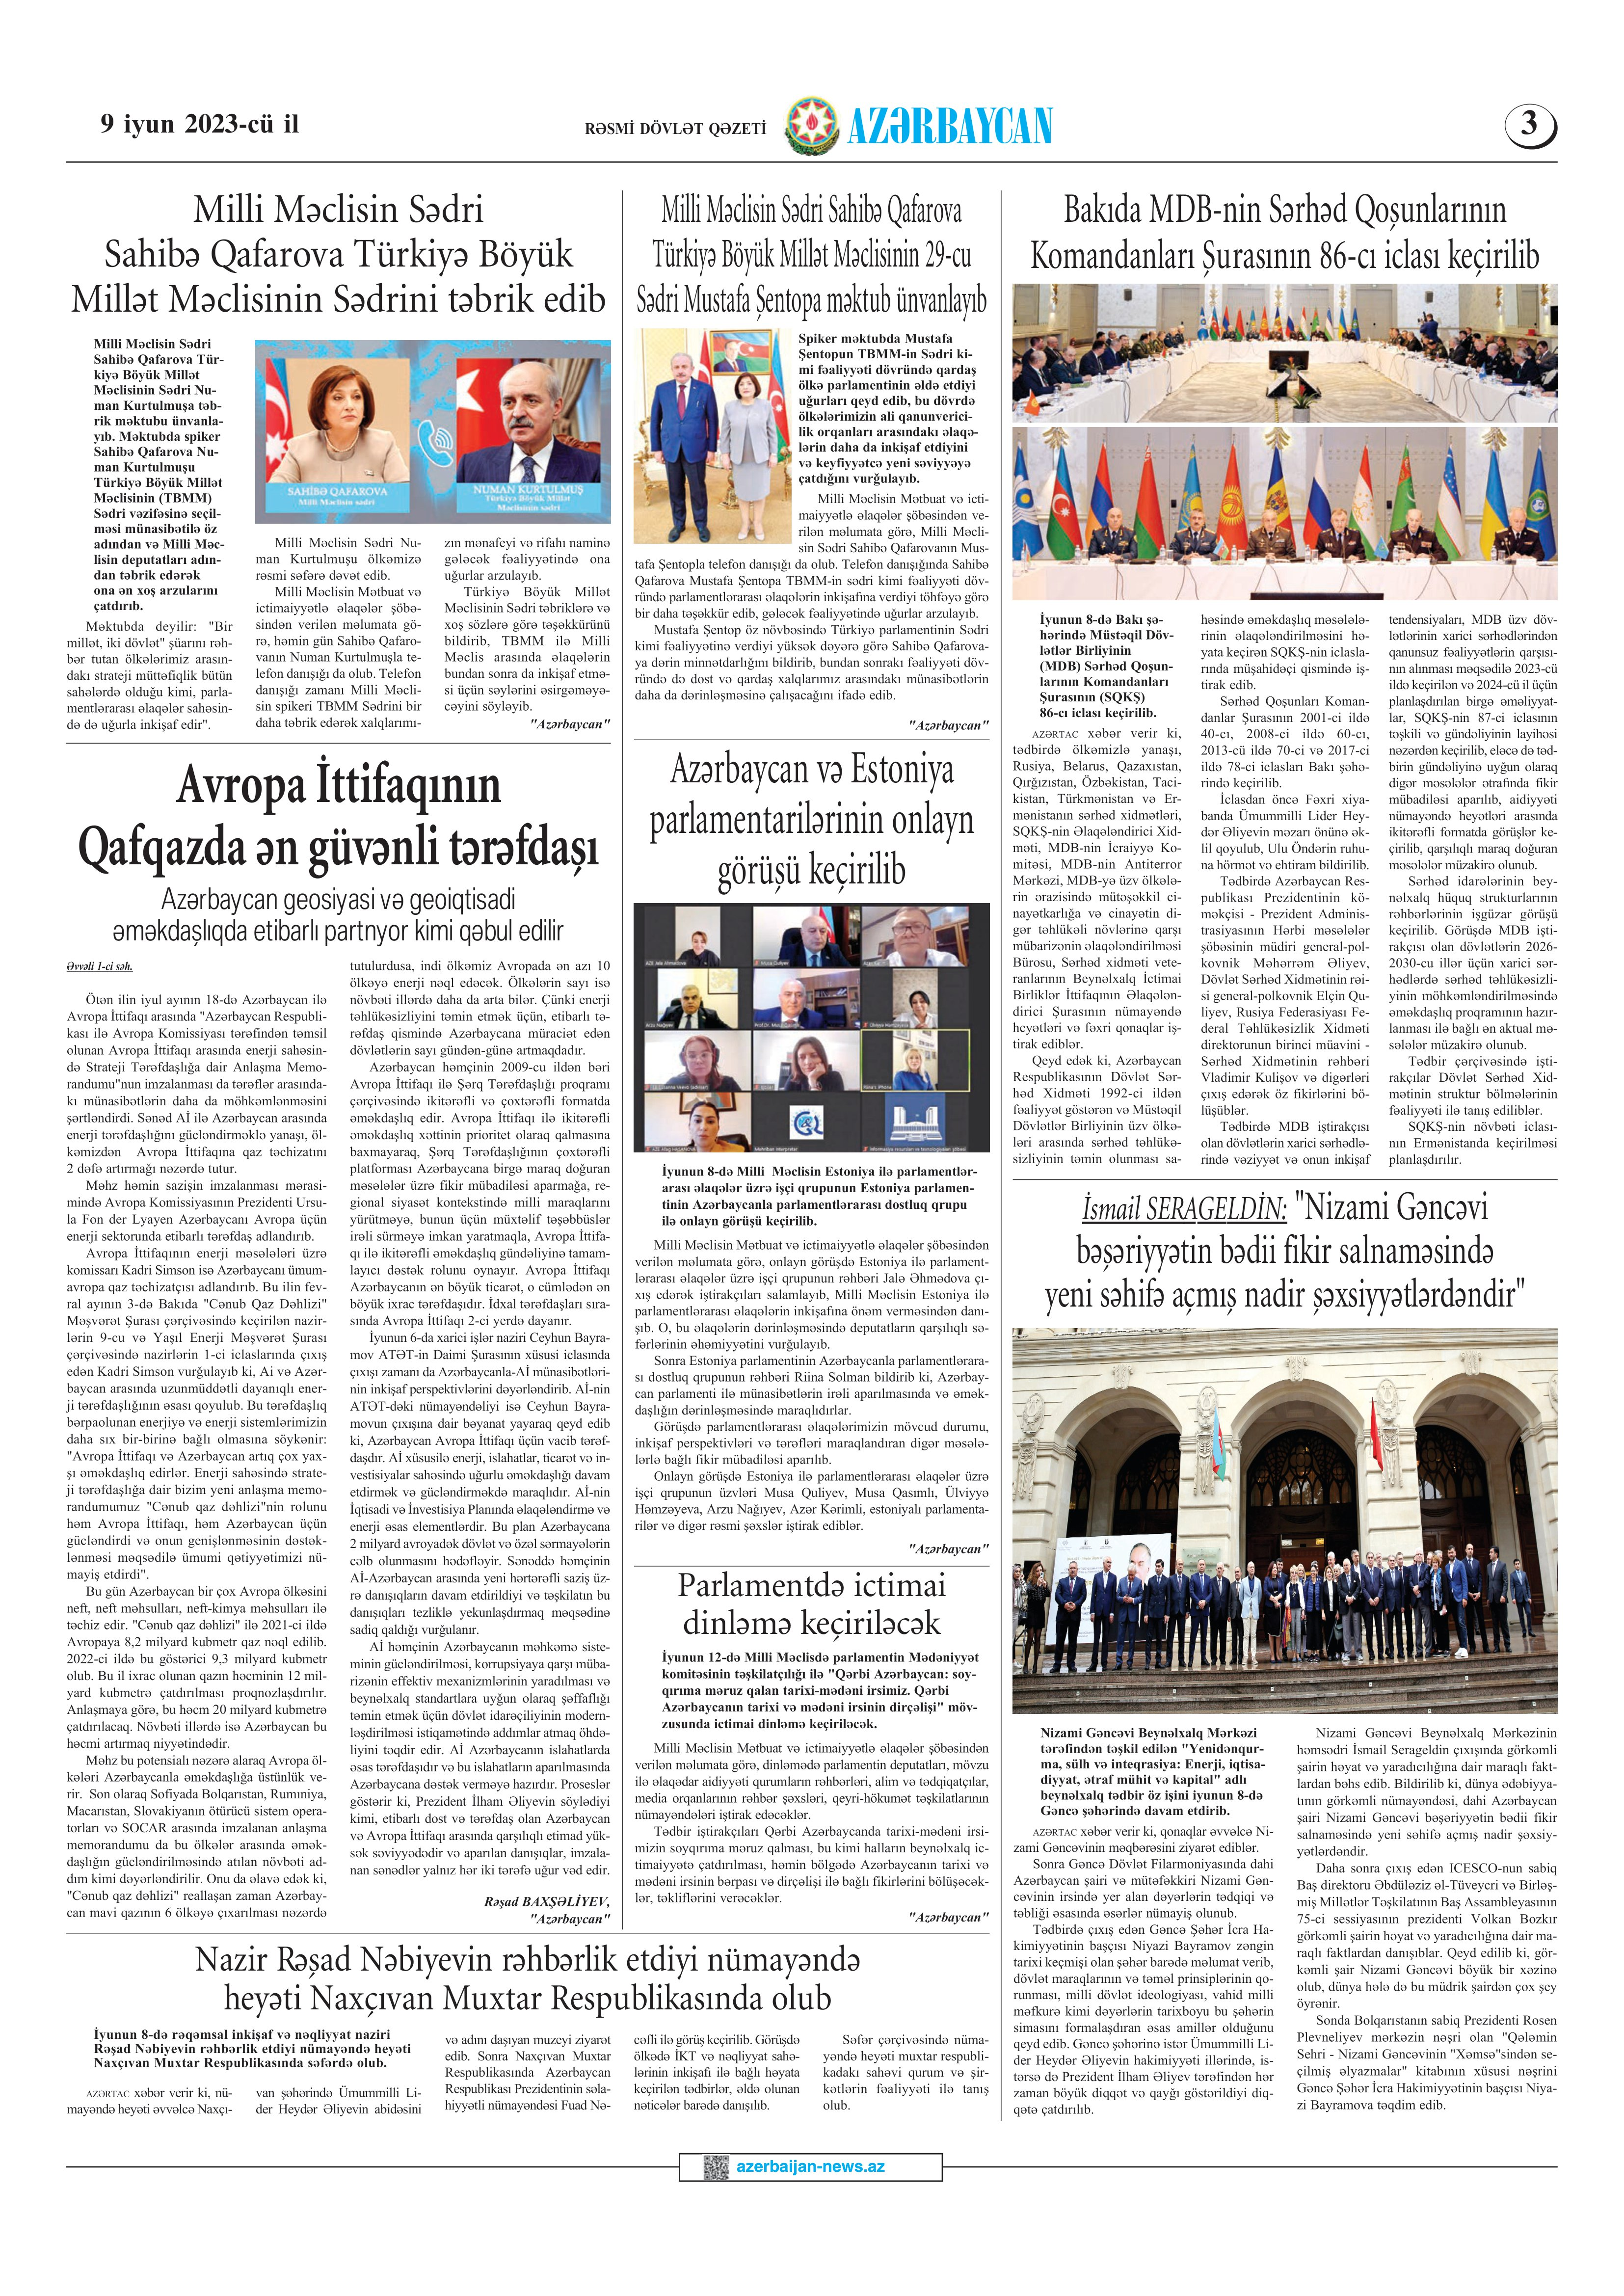
Language: az